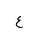
Letter: _ayn